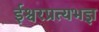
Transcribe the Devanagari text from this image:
ईश्वरप्रत्यभज्ञ